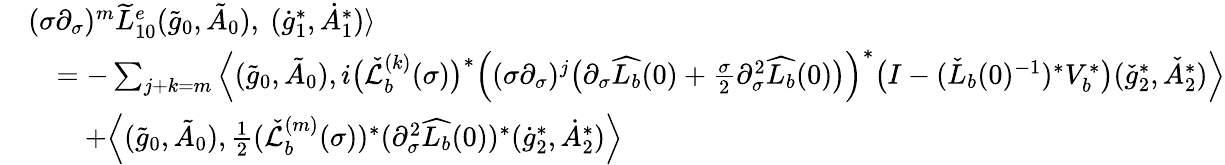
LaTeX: \begin{array}{rl}&{(\sigma\partial_{\sigma})^{m}\widetilde{L}_{10}^{e}(\tilde{g}_{0},\tilde{A}_{0}),\ (\dot{g}_{1}^{*},\dot{A}_{1}^{*})\rangle}\\ &{\quad=-\sum_{j+k=m}\Big\langle(\tilde{g}_{0},\tilde{A}_{0}),i\big(\check{\mathcal{L}}_{b}^{(k)}(\sigma)\big)^{*}\Big((\sigma\partial_{\sigma})^{j}\big(\partial_{\sigma}\widehat{L_{b}}(0)+\frac{\sigma}{2}\partial_{\sigma}^{2}\widehat{L_{b}}(0)\big)\Big)^{*}\big(I-(\check{L}_{b}(0)^{-1})^{*}V_{b}^{*}\big)(\check{g}_{2}^{*},\check{A}_{2}^{*})\Big\rangle}\\ &{\quad\quad+\Big\langle(\tilde{g}_{0},\tilde{A}_{0}),\frac{1}{2}(\check{\mathcal{L}}_{b}^{(m)}(\sigma))^{*}(\partial_{\sigma}^{2}\widehat{L_{b}}(0))^{*}(\dot{g}_{2}^{*},\dot{A}_{2}^{*})\Big\rangle}\end{array}